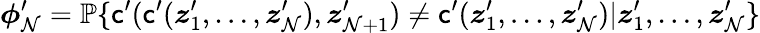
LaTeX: {\boldsymbol{\phi}}_{\mathcal{N}}^{\prime}={\mathbb{{P}}}\{ \mathsf{{c}}^{\prime}(\mathsf{{c}}^{\prime}({\boldsymbol{z}}_{1}^{\prime},\ldots,{\boldsymbol{z}}_{\mathcal{N}}^{\prime}),{\boldsymbol{z}}_{\mathcal{N}+1}^{\prime})\neq\mathsf{{c}}^{\prime}({\boldsymbol{z}}_{1}^{\prime},\ldots,{\boldsymbol{z}}_{\mathcal{N}}^{\prime})|{\boldsymbol{z}}_{1}^{\prime},\ldots,{\boldsymbol{z}}_{\mathcal{N}}^{\prime}\}